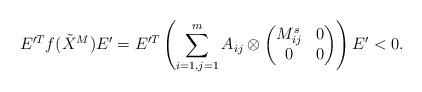
LaTeX: \begin{align*} E'^T f(\tilde X^M){E'}=E'^T\left(\sum_{i=1,j=1}^{m} A_{ij}\otimes \begin{pmatrix} M^s_{ij}&0\\ 0&0 \end{pmatrix} \right){E'} < 0. \end{align*}